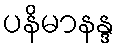
ပနိမာနန္ဒ